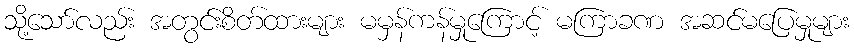
သို့သော်လည်း အတွင်းစိတ်ထားများ မမှန်ကန်မှုကြောင့် မကြာခဏ အဆင်မပြေမှုများ